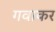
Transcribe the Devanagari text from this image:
गवाकर